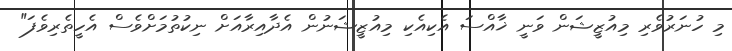
މި ހުނަރުވެރި މިއުޒީޝަން ވަނީ ޚާއްސަ އެކިއެކި މިއުޒީޝަނުން އެދާއިރާއަށް ނިކުތުމަށްވެސް އެހީތެރިވެފަ"